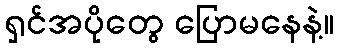
ရှင်အပိုတွေ ပြောမနေနဲ့။